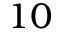
1 0